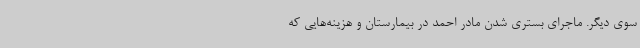
سوی دیگر. ماجرای بستری شدن مادر احمد در بیمارستان و هزینه‌هایی که